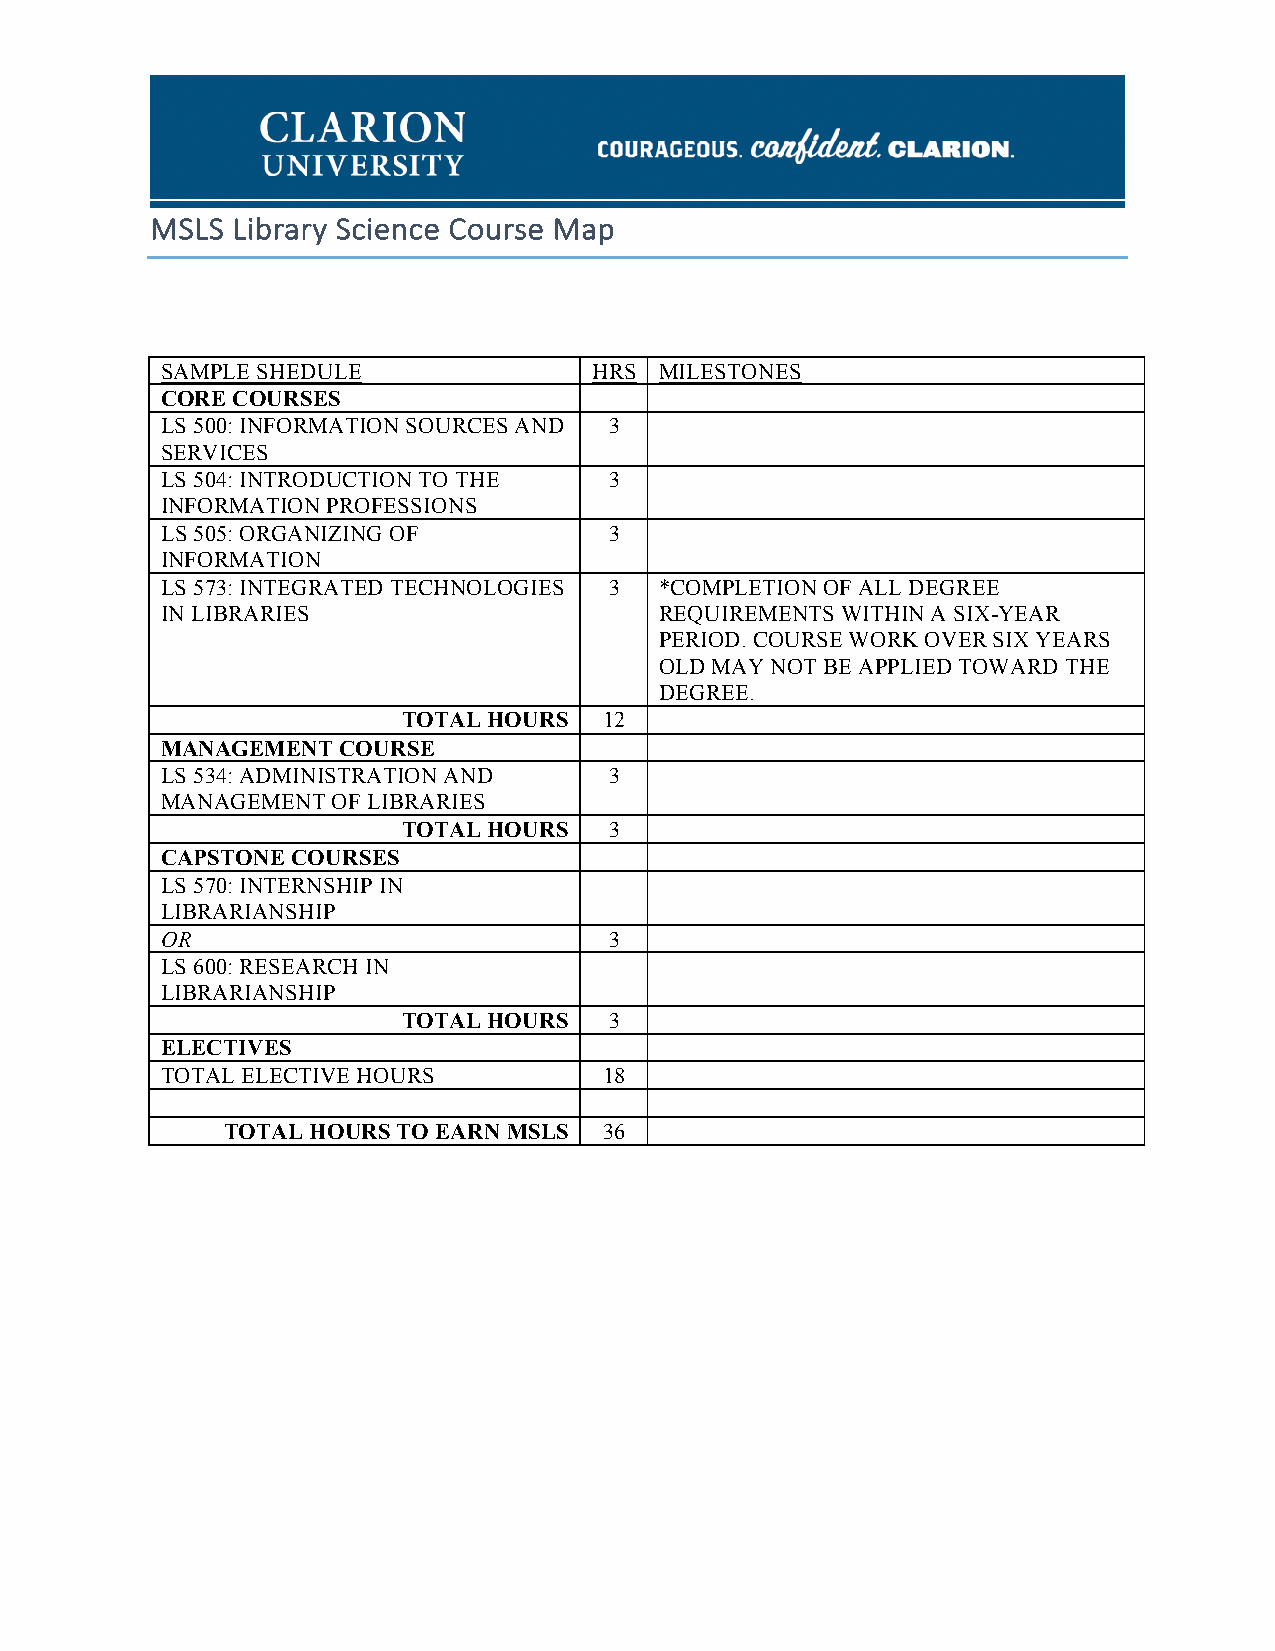
MSLS Library Science Course Map
 SAMPLE SHEDULE              HRS  MILESTONES
 CORE COURSES
 LS 500: INFORMATION SOURCES AND 3
 SERVICES
 LS 504: INTRODUCTION TO THE  3
 INFORMATION PROFESSIONS
 LS 505: ORGANIZING OF        3
 INFORMATION
 LS 573: INTEGRATED TECHNOLOGIES 3 *COMPLETION OF ALL DEGREE
 IN LIBRARIES                     REQUIREMENTS WITHIN A SIX-YEAR
 PERIOD. COURSE WORK OVER SIX YEARS
 OLD MAY NOT BE APPLIED TOWARD THE
 DEGREE.
 TOTAL HOURS  12
 MANAGEMENT  COURSE
 LS 534: ADMINISTRATION AND   3
 MANAGEMENT OF LIBRARIES
 TOTAL HOURS  3
 CAPSTONE COURSES
 LS 570: INTERNSHIP IN
 LIBRARIANSHIP
 OR                           3
 LS 600: RESEARCH IN
 LIBRARIANSHIP
 TOTAL HOURS  3
 ELECTIVES
 TOTAL ELECTIVE HOURS         18
 TOTAL HOURS TO EARN MSLS 36